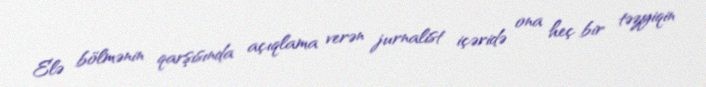
Elə bölmənin qarşısında açıqlama verən jurnalist içəridə ona heç bir təzyiqin